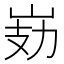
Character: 𭖗